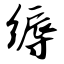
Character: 缛